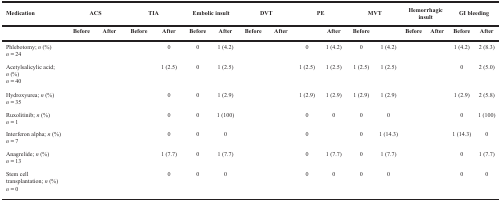
<table><thead><tr><td><b>Medication</b></td><td colspan="2"><b>ACS</b></td><td colspan="2"><b>TIA</b></td><td colspan="2"><b>Embolic insult</b></td><td colspan="2"><b>DVT</b></td><td colspan="2"><b>PE</b></td><td colspan="2"><b>MVT</b></td><td colspan="2"><b>Hemorrhagic insult</b></td><td colspan="2"><b>GI bleeding</b></td></tr><tr><td>[EMPTY_CELL]</td><td><b>Before</b></td><td><b>After</b></td><td><b>Before</b></td><td><b>After</b></td><td><b>Before</b></td><td><b>After</b></td><td><b>Before</b></td><td><b>After</b></td><td>[EMPTY_CELL]</td><td><b>After</b></td><td><b>Before</b></td><td>[EMPTY_CELL]</td><td><b>Before</b></td><td><b>After</b></td><td><b>Before</b></td><td><b>After</b></td></tr></thead><tbody><tr><td>Phlebotomy; <i>n</i> (%)<i>n =</i>24</td><td>[EMPTY_CELL]</td><td>[EMPTY_CELL]</td><td>[EMPTY_CELL]</td><td>0</td><td>0</td><td>1 (4.2)</td><td>[EMPTY_CELL]</td><td>[EMPTY_CELL]</td><td>0</td><td>1 (4.2)</td><td>0</td><td>1 (4.2)</td><td>[EMPTY_CELL]</td><td>[EMPTY_CELL]</td><td>1 (4.2)</td><td>2 (8.3)</td></tr><tr><td>Acetylsalicylic acid; <i>n</i> (%)<i>n =</i>40</td><td>[EMPTY_CELL]</td><td>[EMPTY_CELL]</td><td>[EMPTY_CELL]</td><td>1 (2.5)</td><td>0</td><td>1 (2.5)</td><td>[EMPTY_CELL]</td><td>[EMPTY_CELL]</td><td>1 (2.5)</td><td>1 (2.5)</td><td>1 (2.5)</td><td>1 (2.5)</td><td>[EMPTY_CELL]</td><td>[EMPTY_CELL]</td><td>0</td><td>2 (5.0)</td></tr><tr><td>Hydroxyurea; <i>n</i> (%)<i>n =</i>35</td><td>[EMPTY_CELL]</td><td>[EMPTY_CELL]</td><td>[EMPTY_CELL]</td><td>0</td><td>0</td><td>1 (2.9)</td><td>[EMPTY_CELL]</td><td>[EMPTY_CELL]</td><td>1 (2.9)</td><td>1 (2.9)</td><td>1 (2.9)</td><td>1 (2.9)</td><td>[EMPTY_CELL]</td><td>[EMPTY_CELL]</td><td>1 (2.9)</td><td>2 (5.8)</td></tr><tr><td>Ruxolitinib; <i>n</i> (%)<i>n =</i>1</td><td>[EMPTY_CELL]</td><td>[EMPTY_CELL]</td><td>[EMPTY_CELL]</td><td>0</td><td>0</td><td>1 (100)</td><td>[EMPTY_CELL]</td><td>[EMPTY_CELL]</td><td>0</td><td>0</td><td>0</td><td>0</td><td>[EMPTY_CELL]</td><td>[EMPTY_CELL]</td><td>0</td><td>1 (100)</td></tr><tr><td>Interferon alpha; <i>n</i> (%)<i>n =</i>7</td><td>[EMPTY_CELL]</td><td>[EMPTY_CELL]</td><td>[EMPTY_CELL]</td><td>0</td><td>0</td><td>0</td><td>[EMPTY_CELL]</td><td>[EMPTY_CELL]</td><td>0</td><td>[EMPTY_CELL]</td><td>0</td><td>1 (14.3)</td><td>[EMPTY_CELL]</td><td>[EMPTY_CELL]</td><td>1 (14.3)</td><td>0</td></tr><tr><td>Anagrelide; <i>n</i> (%)<i>n =</i>13</td><td>[EMPTY_CELL]</td><td>[EMPTY_CELL]</td><td>[EMPTY_CELL]</td><td>1 (7.7)</td><td>0</td><td>1 (7.7)</td><td>[EMPTY_CELL]</td><td>[EMPTY_CELL]</td><td>0</td><td>1 (7.7)</td><td>0</td><td>1 (7.7)</td><td>[EMPTY_CELL]</td><td>[EMPTY_CELL]</td><td>0</td><td>1 (7.7)</td></tr><tr><td>Stem cell transplantation; <i>n</i> (%)<i>n =</i>0</td><td>[EMPTY_CELL]</td><td>[EMPTY_CELL]</td><td>[EMPTY_CELL]</td><td>0</td><td>0</td><td>0</td><td>[EMPTY_CELL]</td><td>[EMPTY_CELL]</td><td>0</td><td>0</td><td>0</td><td>0</td><td>[EMPTY_CELL]</td><td>[EMPTY_CELL]</td><td>0</td><td>0</td></tr></tbody></table>